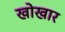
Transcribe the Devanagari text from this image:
खोखार